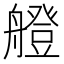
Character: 艠